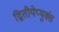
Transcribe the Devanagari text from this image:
द्वितीयेप्युक्तं